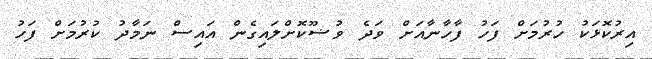
އިރުކޮޅަކު ހުރުމަށް ފަހު ފާހާނާއަށް ވަދެ ވުޟޫކޮށްލައިގެން އައިސް ނަމާދު ކުރުމަށް ފަހު